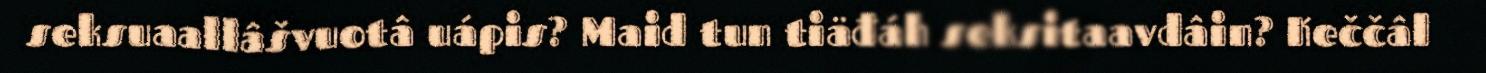
seksuaallâšvuotâ uápis? Maid tun tiäđáh seksitaavdâin? Keččâl